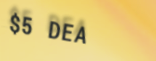
$5 DEAL